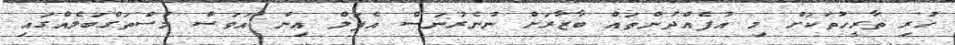
ހުރި ތާރީހުތަކަށް މި އުފެއްދުންތައް ބާޒާރަށް ނުނެރުނަސް އެޕަލް އިން އަވަސް މުސްތަގްބަލެއްގައި